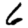
Digit: 6